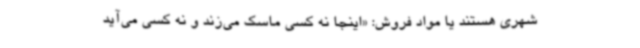
شهری هستند یا مواد فروش: «اینجا نه کسی ماسک می‌زند و نه کسی می‌آید